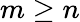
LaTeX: m\geq n